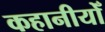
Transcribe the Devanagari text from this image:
कहानीयोँ